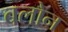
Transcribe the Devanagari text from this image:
बलोन